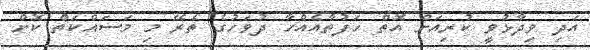
އަދި ވިދާޅުވީ ކުރިއަށް އޮތް ހަފުތާއެއްހާ ދުވަހުގެ ތެރޭ މި މަސައްކަތް ކޮށް